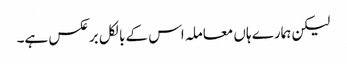
لیکن ہمارے ہاں معاملہ اس کے بالکل برعکس ہے۔